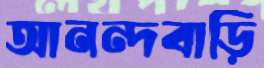
আনন্দবাড়ি